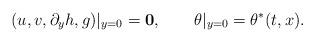
LaTeX: \begin{align*}(u, v, \partial_yh, g)|_{y=0}={\bf{0}}, \qquad\theta|_{y=0}=\theta^*(t, x).\end{align*}